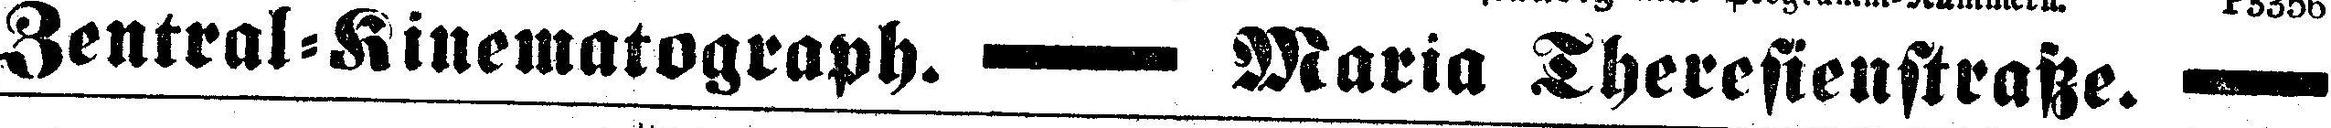
Zentral = Kinematograph. Maria Theresienstraße.